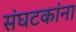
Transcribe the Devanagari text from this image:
संघटकांना